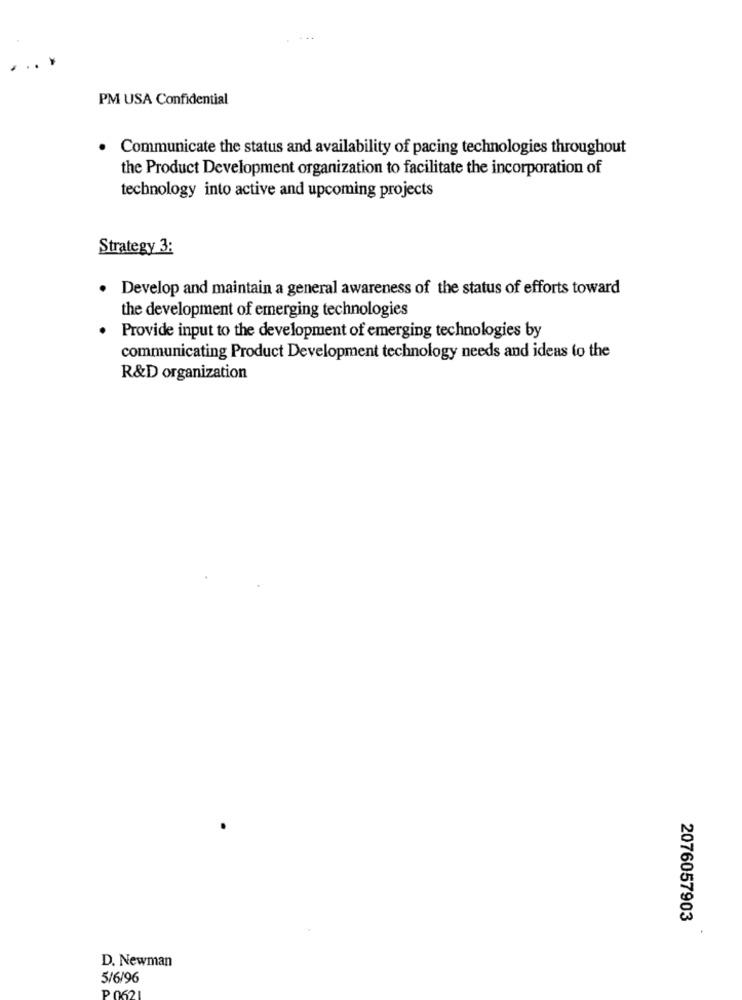
PM USA Confidential
· Communicate the status and availability of pacing technologies throughout
the Product Development organization to facilitate the incorporation of
technology into active and upcoming projects
Strategy 3:
Develop and maintain a general awareness of the status of efforts toward
the development of emerging technologies
Provide input to the development of emerging technologies by
communicating Product Development technology needs and ideas to the
R&D organization
2076057903
D. Newman
5/6/96
P 0621